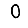
Digit: 0